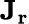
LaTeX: \mathbf{J}_{\mathbf{r}}